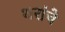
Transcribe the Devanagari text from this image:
थरांचे